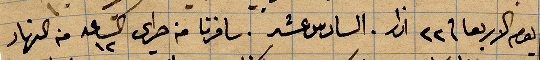
يوم الاربعا في ٢٢ اذار السادس عشر. سافرنا من حراي الساعة ١٢ من النهار